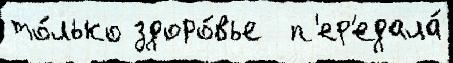
то́лько здоро́вье  п'ер'едала́